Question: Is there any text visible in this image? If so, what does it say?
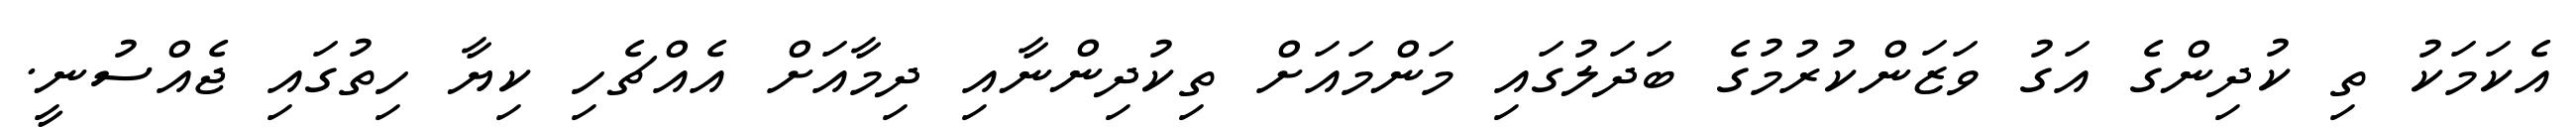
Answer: އެކަމަކު ތި ކުދިންގެ އަގު ވަޒަންކުރުމުގެ ބަދަލުގައި މަންމައަށް ތިކުދިންނާއި ދިމާއަށް އެއްޗެހި ކިޔާ ހިތުގައި ޖެއްސުނީ.